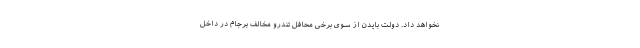
نخواهد داد. دولت بایدن از سوی برخی محافل تندرو مخالف برجام در داخل